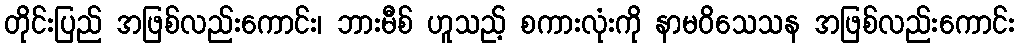
တိုင်းပြည် အဖြစ်လည်းကောင်း၊ ဘားမီစ် ဟူသည့် စကားလုံးကို နာမဝိသေသန အဖြစ်လည်းကောင်း